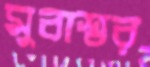
মুবাশ্বর